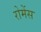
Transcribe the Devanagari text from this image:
रोमेंस